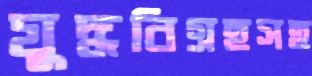
যুদ্ধবিগ্রহসহ